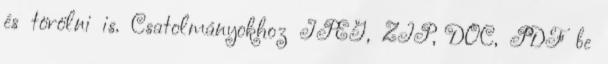
és törölni is. Csatolmányokhoz JPEG, ZIP, DOC, PDF be